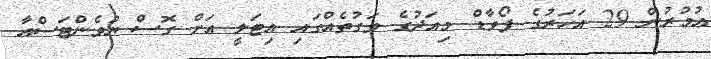
އުމުރުން 29 އަހަރުގެ ފޯވާޑް މިއަދުގެ ވަގުތެއްގައި އިޓަލީ އަށް ގޮސް ޔުވެންޓަސްއާ